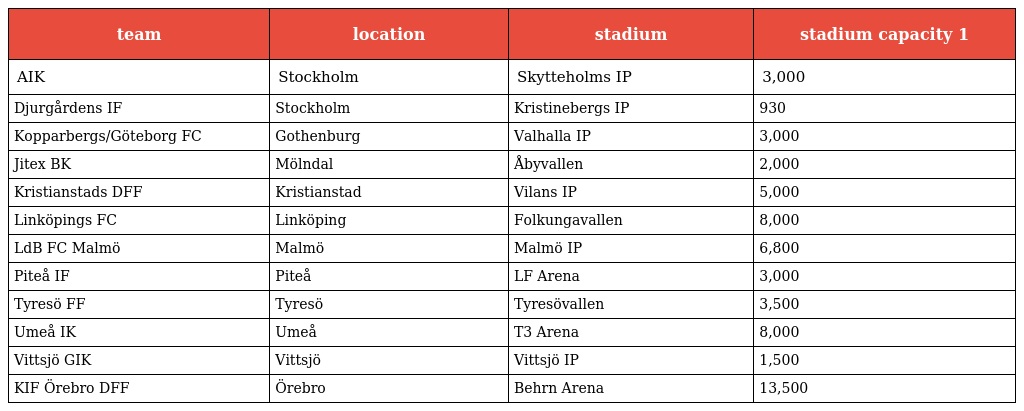
| team | location | stadium | stadium capacity 1 |
 | --- | --- | --- | --- |
 | AIK | Stockholm | Skytteholms IP | 3,000 |
 | Djurgårdens IF | Stockholm | Kristinebergs IP | 930 |
 | Kopparbergs/Göteborg FC | Gothenburg | Valhalla IP | 3,000 |
 | Jitex BK | Mölndal | Åbyvallen | 2,000 |
 | Kristianstads DFF | Kristianstad | Vilans IP | 5,000 |
 | Linköpings FC | Linköping | Folkungavallen | 8,000 |
 | LdB FC Malmö | Malmö | Malmö IP | 6,800 |
 | Piteå IF | Piteå | LF Arena | 3,000 |
 | Tyresö FF | Tyresö | Tyresövallen | 3,500 |
 | Umeå IK | Umeå | T3 Arena | 8,000 |
 | Vittsjö GIK | Vittsjö | Vittsjö IP | 1,500 |
 | KIF Örebro DFF | Örebro | Behrn Arena | 13,500 |